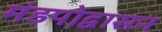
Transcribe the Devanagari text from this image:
मंडपोद्वासन